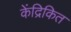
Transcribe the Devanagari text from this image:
केंद्रिकित